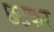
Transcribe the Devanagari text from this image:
छटकर